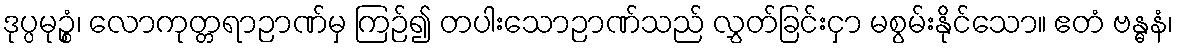
ဒုပ္ပမုဉ္စံ၊ လောကုတ္တရာဉာဏ်မှ ကြဉ်၍ တပါးသောဉာဏ်သည် လွှတ်ခြင်းငှာ မစွမ်းနိုင်သော။ ဧတံ ဗန္ဓနံ၊